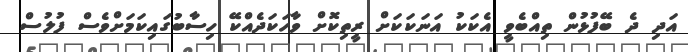
އަދި ދެ ބޭފުޅުން ތިއްބެވީ އެކަކު އަނަކަކަށް ރީތިކޮށް ވާހަކަދެއްކޭ ހިސާބުގައިކަމަށްވެސް ފުލުސް